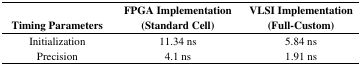
<table><thead><tr><td><b>Timing Parameters</b></td><td><b>FPGA Implementation(Standard Cell)</b></td><td><b>VLSI Implementation(Full-Custom)</b></td></tr></thead><tbody><tr><td>Initialization</td><td>11.34 ns</td><td>5.84 ns</td></tr><tr><td>Precision</td><td>4.1 ns</td><td>1.91 ns</td></tr></tbody></table>